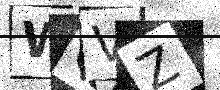
Text: WQVZ